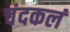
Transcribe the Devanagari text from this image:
चंदकलं